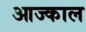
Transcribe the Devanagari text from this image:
आज्काल